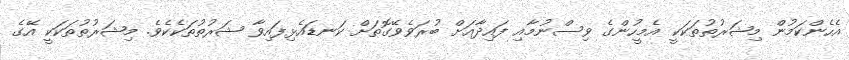
އެހެންކަމުން މިޝަރުތުތަކަކީ އެމީހުންގެ ވިސްނުމާއި ފައިދާއަށް ބުރަވެވޭގޮތަށް ކަނޑައެޅިފައިވާ ޝަރުތުތަކެކެވެ. މިޝަރުތުތަކަކީ އޭގެ